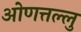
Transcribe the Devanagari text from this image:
ओणत्तल्लु